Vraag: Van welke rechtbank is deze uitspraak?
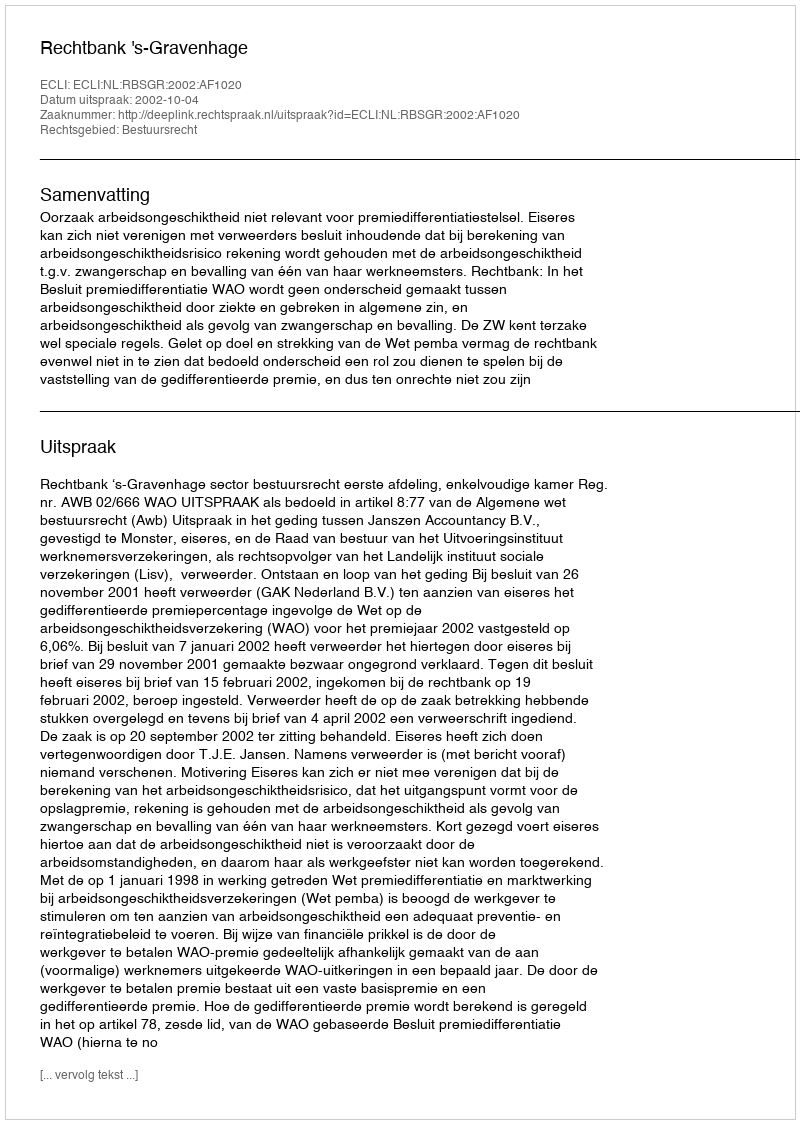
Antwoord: Rechtbank 's-Gravenhage